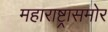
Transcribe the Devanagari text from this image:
महाराष्ट्रासमोर